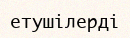
етушілерді